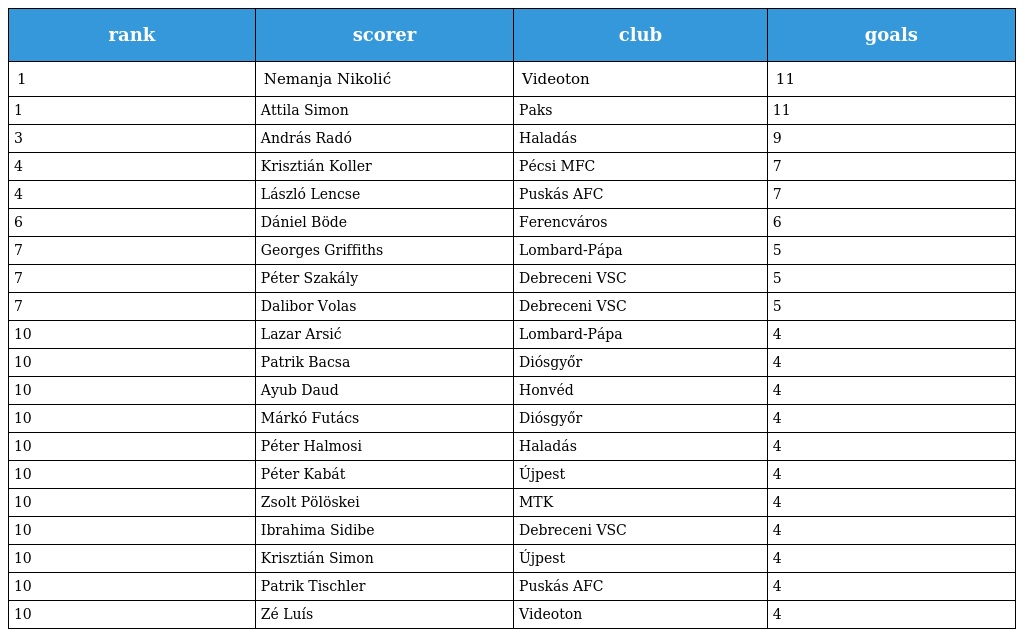
| rank | scorer | club | goals |
 | --- | --- | --- | --- |
 | 1 | Nemanja Nikolić | Videoton | 11 |
 | 1 | Attila Simon | Paks | 11 |
 | 3 | András Radó | Haladás | 9 |
 | 4 | Krisztián Koller | Pécsi MFC | 7 |
 | 4 | László Lencse | Puskás AFC | 7 |
 | 6 | Dániel Böde | Ferencváros | 6 |
 | 7 | Georges Griffiths | Lombard-Pápa | 5 |
 | 7 | Péter Szakály | Debreceni VSC | 5 |
 | 7 | Dalibor Volas | Debreceni VSC | 5 |
 | 10 | Lazar Arsić | Lombard-Pápa | 4 |
 | 10 | Patrik Bacsa | Diósgyőr | 4 |
 | 10 | Ayub Daud | Honvéd | 4 |
 | 10 | Márkó Futács | Diósgyőr | 4 |
 | 10 | Péter Halmosi | Haladás | 4 |
 | 10 | Péter Kabát | Újpest | 4 |
 | 10 | Zsolt Pölöskei | MTK | 4 |
 | 10 | Ibrahima Sidibe | Debreceni VSC | 4 |
 | 10 | Krisztián Simon | Újpest | 4 |
 | 10 | Patrik Tischler | Puskás AFC | 4 |
 | 10 | Zé Luís | Videoton | 4 |